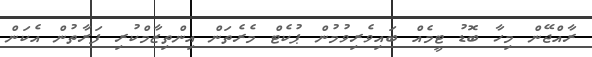
ރާއްޖޭން މިހާ ބޮޑު ޓީމެއް ބައިވެރިވުމުން ޕުކެޓް މެރެތަން އިންތިޒާމްކުރި ފަރާތުން އެކަން